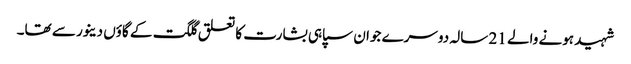
شہید ہونے والے 21 سالہ دوسرے جوان سپاہی بشارت کا تعلق گلگت کے گاؤں دینور سے تھا۔